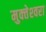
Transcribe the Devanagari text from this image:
मुक्‍तेश्‍वरा